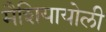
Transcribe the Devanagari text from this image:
मैशियायोली